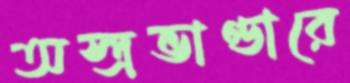
অস্ত্রভাণ্ডারে